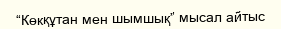
“Көкқұтан мен шымшық” мысал айтыс